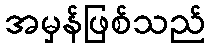
အမှန်ဖြစ်သည်